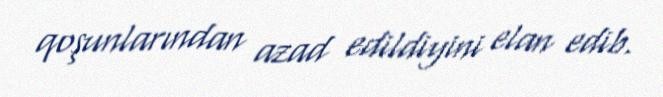
qoşunlarından azad edildiyini elan edib.